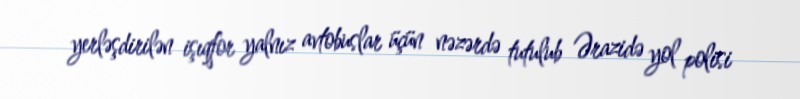
yerləşdirilən işıqfor yalnız avtobuslar üçün nəzərdə tutulub Ərazidə yol polisi